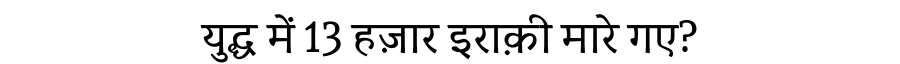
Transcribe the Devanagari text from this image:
युद्ध में 13 हज़ार इराक़ी मारे गए?